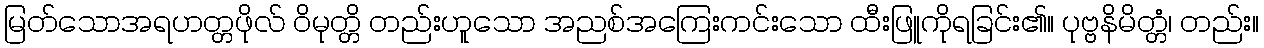
မြတ်သောအရဟတ္တဖိုလ် ဝိမုတ္တိ တည်းဟူသော အညစ်အကြေးကင်းသော ထီးဖြူကိုရခြင်း၏။ ပုဗ္ဗနိမိတ္တံ၊ တည်း။